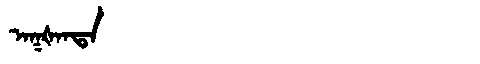
Manchu: ᠠᡴᡧᠠᠨᡨᠠ
Romanization: AKŠANTA